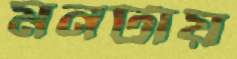
মনটায়